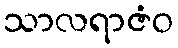
သာလရာဇံဝ